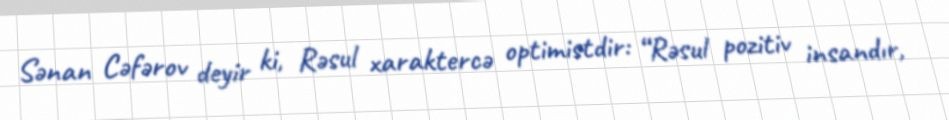
Sənan Cəfərov deyir ki, Rəsul xaraktercə optimistdir: “Rəsul pozitiv insandır,